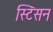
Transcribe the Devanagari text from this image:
स्टिंसन